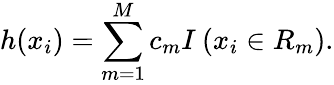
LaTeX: h(x_{i})=\sum_{m=1}^{M}c_{m}I\: (x_{i}\in R_{m}).